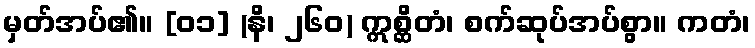
မှတ်အပ်၏။ [၀၁] (နိ၊ ၂၆၀) ဣစ္ဆိတံ၊ စက်ဆုပ်အပ်စွာ။ ကတံ၊